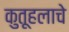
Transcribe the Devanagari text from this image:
कुतूहलाचे